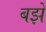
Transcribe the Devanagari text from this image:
बझे